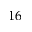
1 6